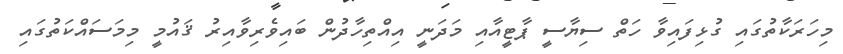
މިހަރަކާތުގައި ގުޅިފައިވާ ހަތް ސިޔާސީ ޕާޓީއާއި މަދަނީ އިއްތިހާދުން ބައިވެރިވާއިރު ޤައުމީ މިމަސައްކަތުގައި